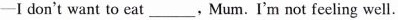
-I don't want to eat___,Mum.I'm not feeling well.